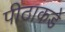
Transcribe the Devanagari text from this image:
पीठाकडे